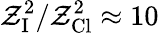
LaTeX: \mathcal{Z}_{\mathrm{{I}}}^{2}/\mathcal{Z}_{\mathrm{{Cl}}}^{2}\approx10